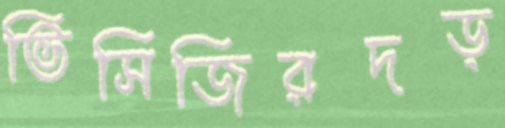
ভিসিজিরদড়